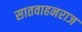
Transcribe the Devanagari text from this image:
सातवाहनराज